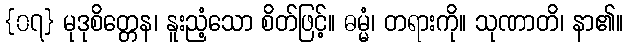
{၀၇} မုဒုစိတ္တေန၊ နူးညံ့သော စိတ်ဖြင့်။ ဓမ္မံ၊ တရားကို။ သုဏာတိ၊ နာ၏။